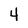
Character: 4